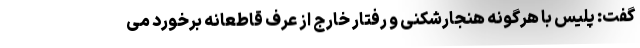
گفت: پلیس با هرگونه هنجارشکنی و رفتار خارج از عرف قاطعانه برخورد می